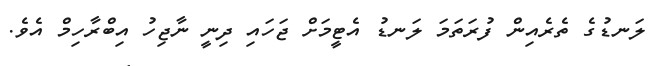
ލަނޑުގެ ތެރެއިން ފުރަތަމަ ލަނޑު އެޓީމަށް ޖަހައި ދިނީ ނާޖިހު އިބްރާހިމް އެވެ.